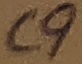
Text: C9